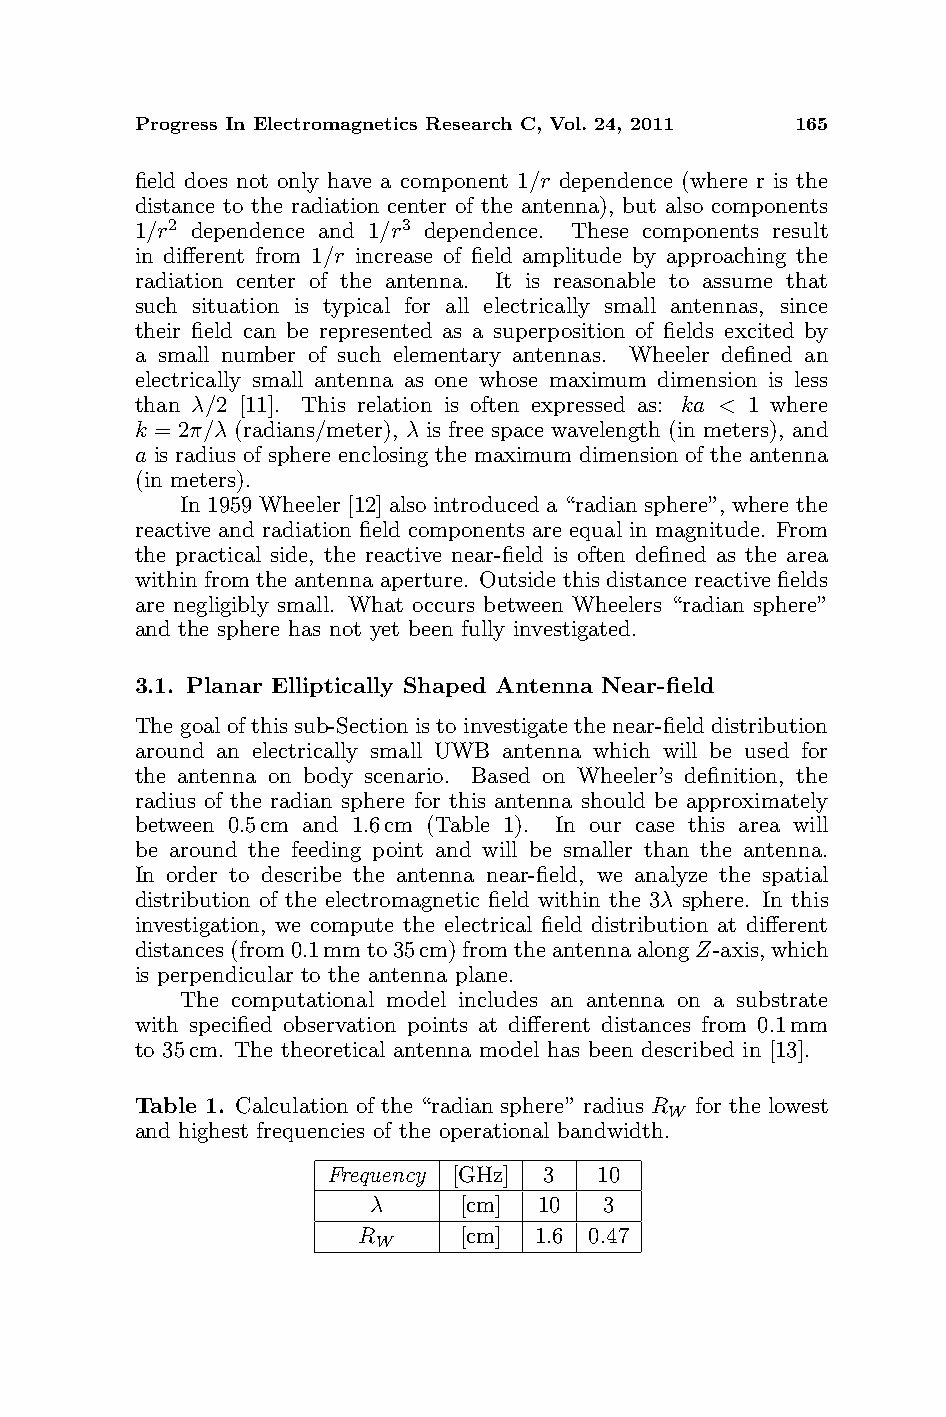
Progress In Electromagnetics Research C, Vol. 24, 2011 165
 field does not only have a component 1/r dependence (where r is the
 distance to the radiation center of the antenna), but also components
 1/r2 dependence and 1/r3 dependence. These components result
 in different from 1/r increase of field amplitude by approaching the
 radiation center of the antenna. It is reasonable to assume that
 such situation is typical for all electrically small antennas, since
 their field can be represented as a superposition of fields excited by
 a small number of such elementary antennas. Wheeler defined an
 electrically small antenna as one whose maximum dimension is less
 than λ/2 [11]. This relation is often expressed as: ka < 1 where
 k = 2π/λ (radians/meter), λ is free space wavelength (in meters), and
 a is radius of sphere enclosing the maximum dimension of the antenna
 (in meters).
 In 1959 Wheeler [12] also introduced a “radian sphere”, where the
 reactive and radiation field components are equal in magnitude. From
 the practical side, the reactive near-field is often defined as the area
 within from the antenna aperture. Outside this distance reactive fields
 are negligibly small. What occurs between Wheelers “radian sphere”
 and the sphere has not yet been fully investigated.
 3.1. Planar Elliptically Shaped Antenna Near-field
 The goal of this sub-Section is to investigate the near-field distribution
 around an electrically small UWB antenna which will be used for
 the antenna on body scenario. Based on Wheeler’s definition, the
 radius of the radian sphere for this antenna should be approximately
 between 0.5cm and 1.6cm (Table 1). In our case this area will
 be around the feeding point and will be smaller than the antenna.
 In order to describe the antenna near-field, we analyze the spatial
 distribution of the electromagnetic field within the 3λ sphere. In this
 investigation, we compute the electrical field distribution at different
 distances(from0.1mmto35cm)fromtheantennaalongZ-axis,which
 is perpendicular to the antenna plane.
 The computational model includes an antenna on a substrate
 with specified observation points at different distances from 0.1mm
 to 35cm. The theoretical antenna model has been described in [13].
 Table 1. Calculation of the “radian sphere” radius R for the lowest
 W
 and highest frequencies of the operational bandwidth.
 Frequency [GHz] 3 10
 λ    [cm]  10  3
 R     [cm] 1.6 0.47
 W